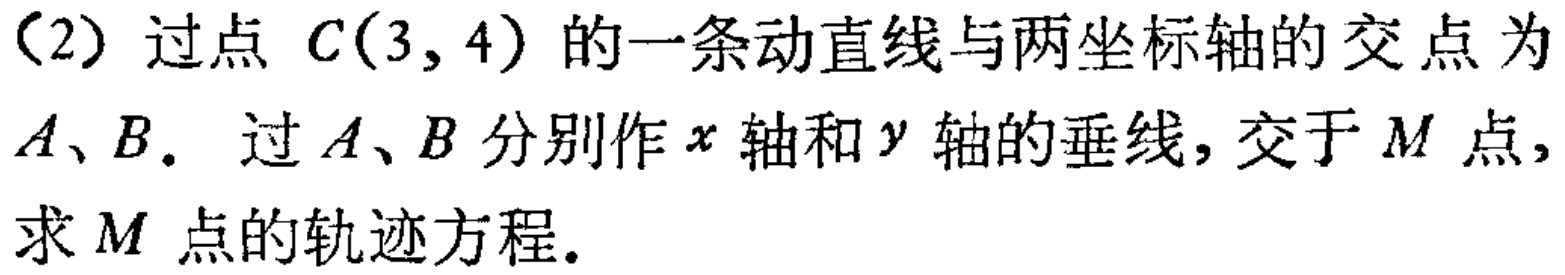
（2）过点 \(C(3,4)\) 的一条动直线与两坐标轴的交点为 \(A、B\)。过 \(A、B\) 分别作 \(x\) 轴和 \(y\) 轴的垂线，交于 \(M\) 点，求 \(M\) 点的轨迹方程。